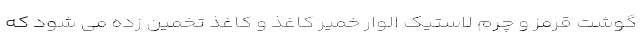
گوشت قرمز و چرم لاستیک الوار خمیر کاغذ و کاغذ تخمین زده می شود که